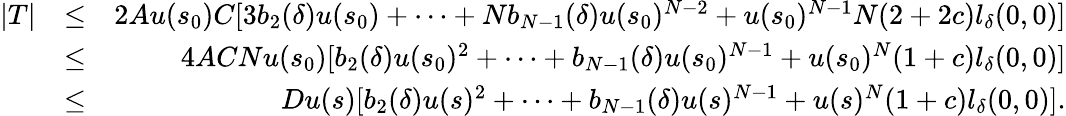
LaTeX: \begin{array}{rlr}{|T|}&{\leq}&{2Au(s_{0})C[3b_{2}(\delta)u(s_{0})+\cdots+Nb_{N-1}(\delta)u(s_{0})^{N-2}+u(s_{0})^{N-1}N(2+2c)l_{\delta}(0,0)]}\\ &{\leq}&{4ACNu(s_{0})[b_{2}(\delta)u(s_{0})^{2}+\cdots+b_{N-1}(\delta)u(s_{0})^{N-1}+u(s_{0})^{N}(1+c)l_{\delta}(0,0)]}\\ &{\leq}&{Du(s)[b_{2}(\delta)u(s)^{2}+\cdots+b_{N-1}(\delta)u(s)^{N-1}+u(s)^{N}(1+c)l_{\delta}(0,0)].}\end{array}